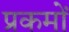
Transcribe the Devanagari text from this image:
प्रकमों